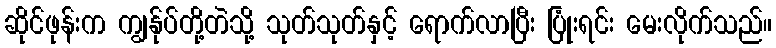
ဆိုင်ဖုန်းက ကျွန်ုပ်တို့တဲသို့ သုတ်သုတ်နှင့် ရောက်လာပြီး ပြုံးရင်း မေးလိုက်သည်။